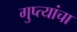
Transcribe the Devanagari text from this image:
गुप्त्यांचा